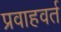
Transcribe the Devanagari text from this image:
प्रवाहवर्त